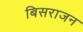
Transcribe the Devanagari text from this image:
बिसराजन